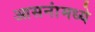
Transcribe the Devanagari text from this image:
आसनांमध्ये